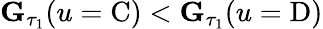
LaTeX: \mathbf{G}_{\tau_{1}}(u=\mathrm{C})<\mathbf{G}_{\tau_{1}}(u=\mathrm{D})